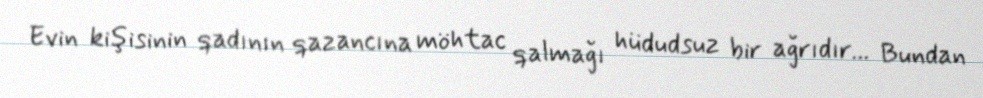
Evin kişisinin qadının qazancına möhtac qalmağı hüdudsuz bir ağrıdır... Bundan